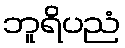
ဘူရိပညံ